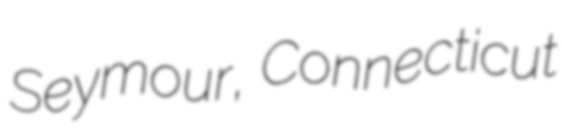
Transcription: Seymour, Connecticut